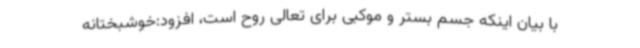
با بیان اینکه جسم بستر و موکبی برای تعالی روح است، افزود:خوشبختانه